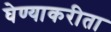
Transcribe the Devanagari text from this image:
घेण्याकरीता